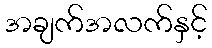
အချက်အလက်နှင့်